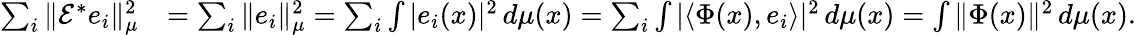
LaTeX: \begin{array}{rl}{\sum_{i}\| \mathcal E^{*}e_{i}\| _{\mu}^{2}}&{=\sum_{i}\| e_{i}\| _{\mu}^{2}=\sum_{i}\int|e_{i}(x)|^{2}\, d\mu(x)=\sum_{i}\int|\langle\Phi(x),e_{i}\rangle|^{2}\, d\mu(x)=\int\| \Phi(x)\| ^{2}\, d\mu(x).}\end{array}